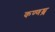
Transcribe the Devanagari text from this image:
कण्णश्श